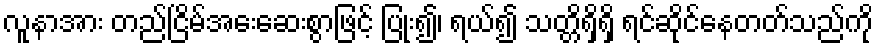
လူနာအား တည်ငြိမ်အေးဆေးစွာဖြင့် ပြုံး၍၊ ရယ်၍ သတ္တိရှိရှိ ရင်ဆိုင်နေတတ်သည်ကို